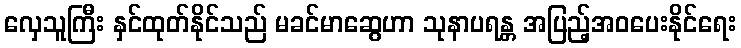
လှေသူကြီး နှင်ထုတ်နိုင်သည် မခင်မာဆွေဟာ သုနာပရန္တ အပြည့်အဝပေးနိုင်ရေး